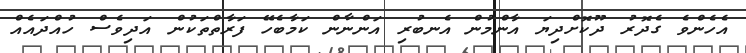
އެހެންވެ ގެދޮރު ދޫކޮށްދިޔަ އާންމުން އެނބުރި އަންނާން ކަމާބެހޭ ފަރާތްތަކުން އަދިވެސް ހުއްދައެއް